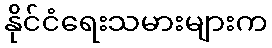
နိုင်ငံရေးသမားများက